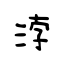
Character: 浡